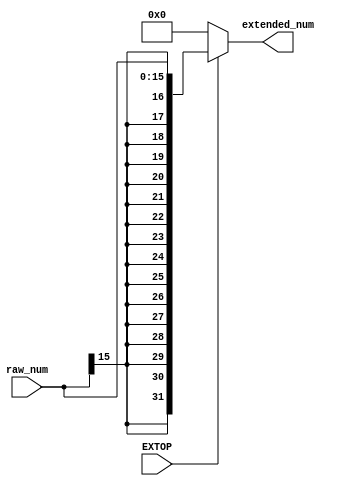
`timescale 1ns / 1ps
//////////////////////////////////////////////////////////////////////////////////
// Company: 
// Engineer: 
// 
// Design Name: 
// Module Name: EXT_sign
// Project Name: 
// Target Devices: 
// Tool Versions: 
// Description: 
// 
// Dependencies: 
// 
// Revision:
// Revision 0.01 - File Created
// Additional Comments:
// 
//////////////////////////////////////////////////////////////////////////////////


module EXT_sign(
    output [31:0] extended_num,
    input EXTOP,
    input [15:0] raw_num
    );
    
    assign extended_num = EXTOP ? {{16{raw_num[15]}}, raw_num} : 32'b0;
endmodule